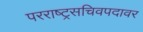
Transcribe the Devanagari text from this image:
परराष्ट्रसचिवपदावर